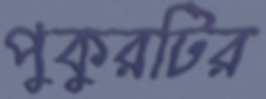
পুকুরটির